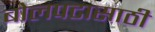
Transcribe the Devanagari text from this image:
बोलपटासाठी